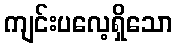
ကျင်းပလေ့ရှိသော